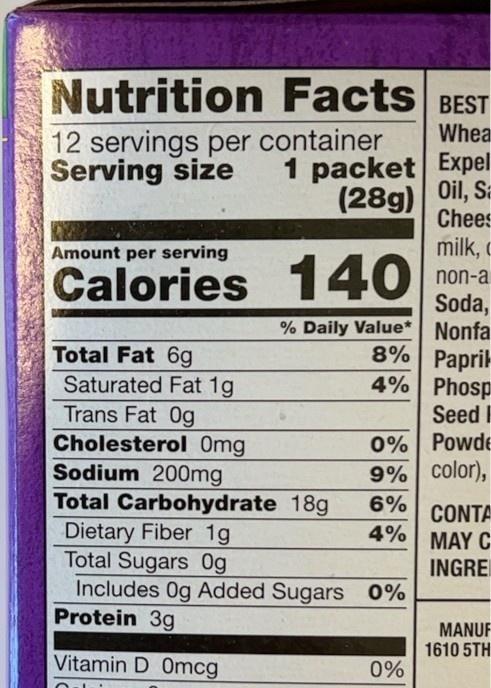
Nutrition Facts BEST
Whea
12 servings per container Serving size
1 packet Expel
(28g) Oil, Sa Chees
Amount per serving
milk, o
Calories 140
non-a
Soda, % Daily Value* Nonfa 8% Papril 4% Phosp
Total Fat 6g Saturated Fat 1g Trans Fat 0g Cholesterol 0mg Sodium 200mg Total Carbohydrate 18g Dietary Fiber 1g Total Sugars 0g Includes Og Added Sugars 0% Protein 3g
Seed
0% Powde 9% color),
6%
CONTA 4% MAY C
INGRE
MANUF 1610 5TH
Vitamin D 0mcg
0%